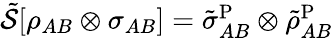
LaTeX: \begin{array}{r}{\tilde{\mathcal{S}}[\rho_{AB}\otimes\sigma_{AB}]=\tilde{\sigma}_{AB}^{\mathrm{P}}\otimes\tilde{\rho}_{AB}^{\mathrm{P}}}\end{array}